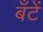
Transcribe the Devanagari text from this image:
बँटें